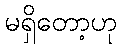
မရှိတော့ဟု